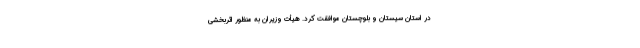
در استان سیستان و بلوچستان موافقت کرد. هیأت وزیران به منظور اثربخشی